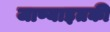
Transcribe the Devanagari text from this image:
जाण्याइतकी